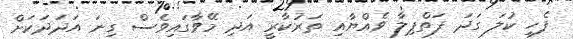
ފެހި ކުލަ ގަދަ ފަތްޕިލާ ވެއްޔާއި ތަރުކާރީ އަދި މޭވާގައިވެސް ގިނަ އަދަދަކަށް